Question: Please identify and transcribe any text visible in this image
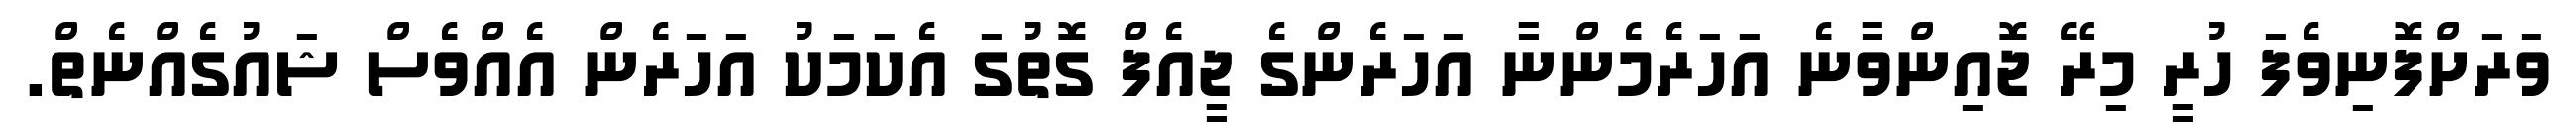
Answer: ވަރަށްފޮނިވެފަ ހުރީ މިރޭ ޖޮއިންވާނެ އަހަރެމެންނާ އަހަރެންގެ ޖީއެފް ގޮތުގަ އެކަމަކު އަހަރެން އެއްވެސް ޝައުގެއްނެތް.